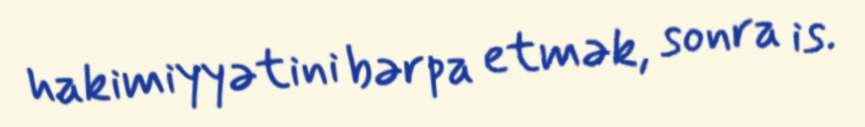
hakimiyyətini bərpa etmək, sonra is.